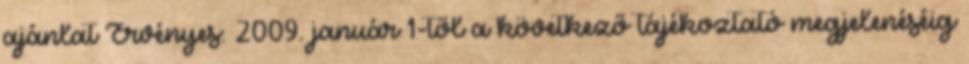
ajánlat Érvényes: 2009. január 1-től a következő tájékoztató megjelenéséig